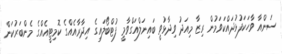
ސަންއާ ވާހަކަފުޅުދައްކަވަމުން ރިޒާ މިއަދު ވިދާޅުވީ ބައިނަލްއަގްވާމީ ފުޓްބޯލައިގެ އިދާރާއެއްގެ ކޮމިޓީއެއްގެ މެންބަރުކަން